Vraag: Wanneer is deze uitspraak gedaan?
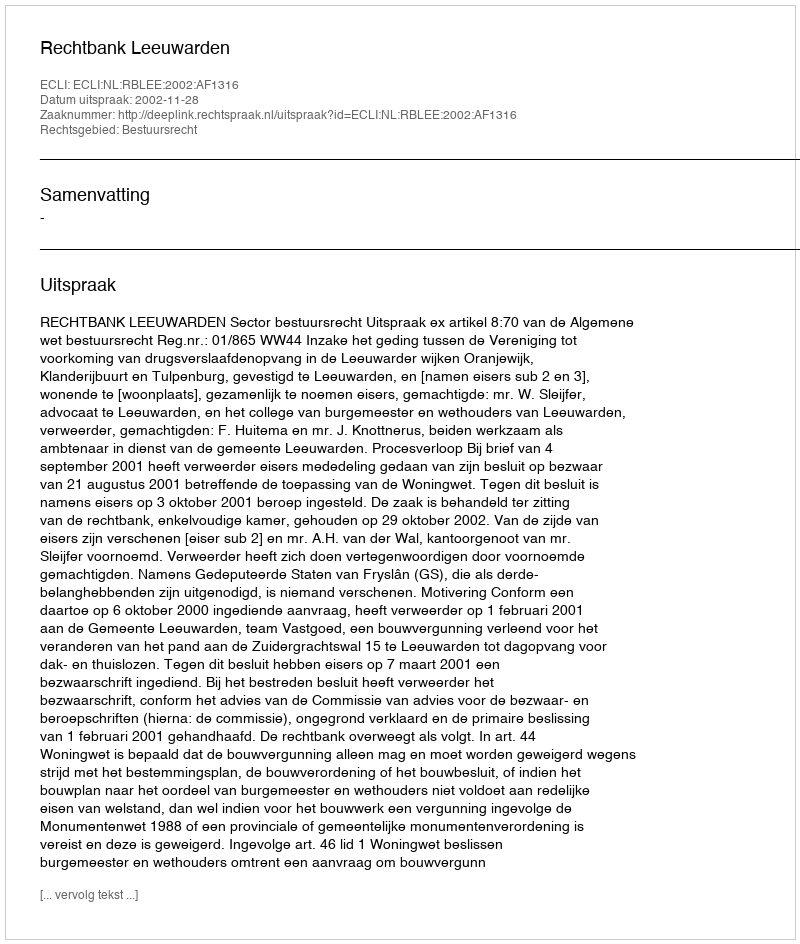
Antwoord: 2002-11-28